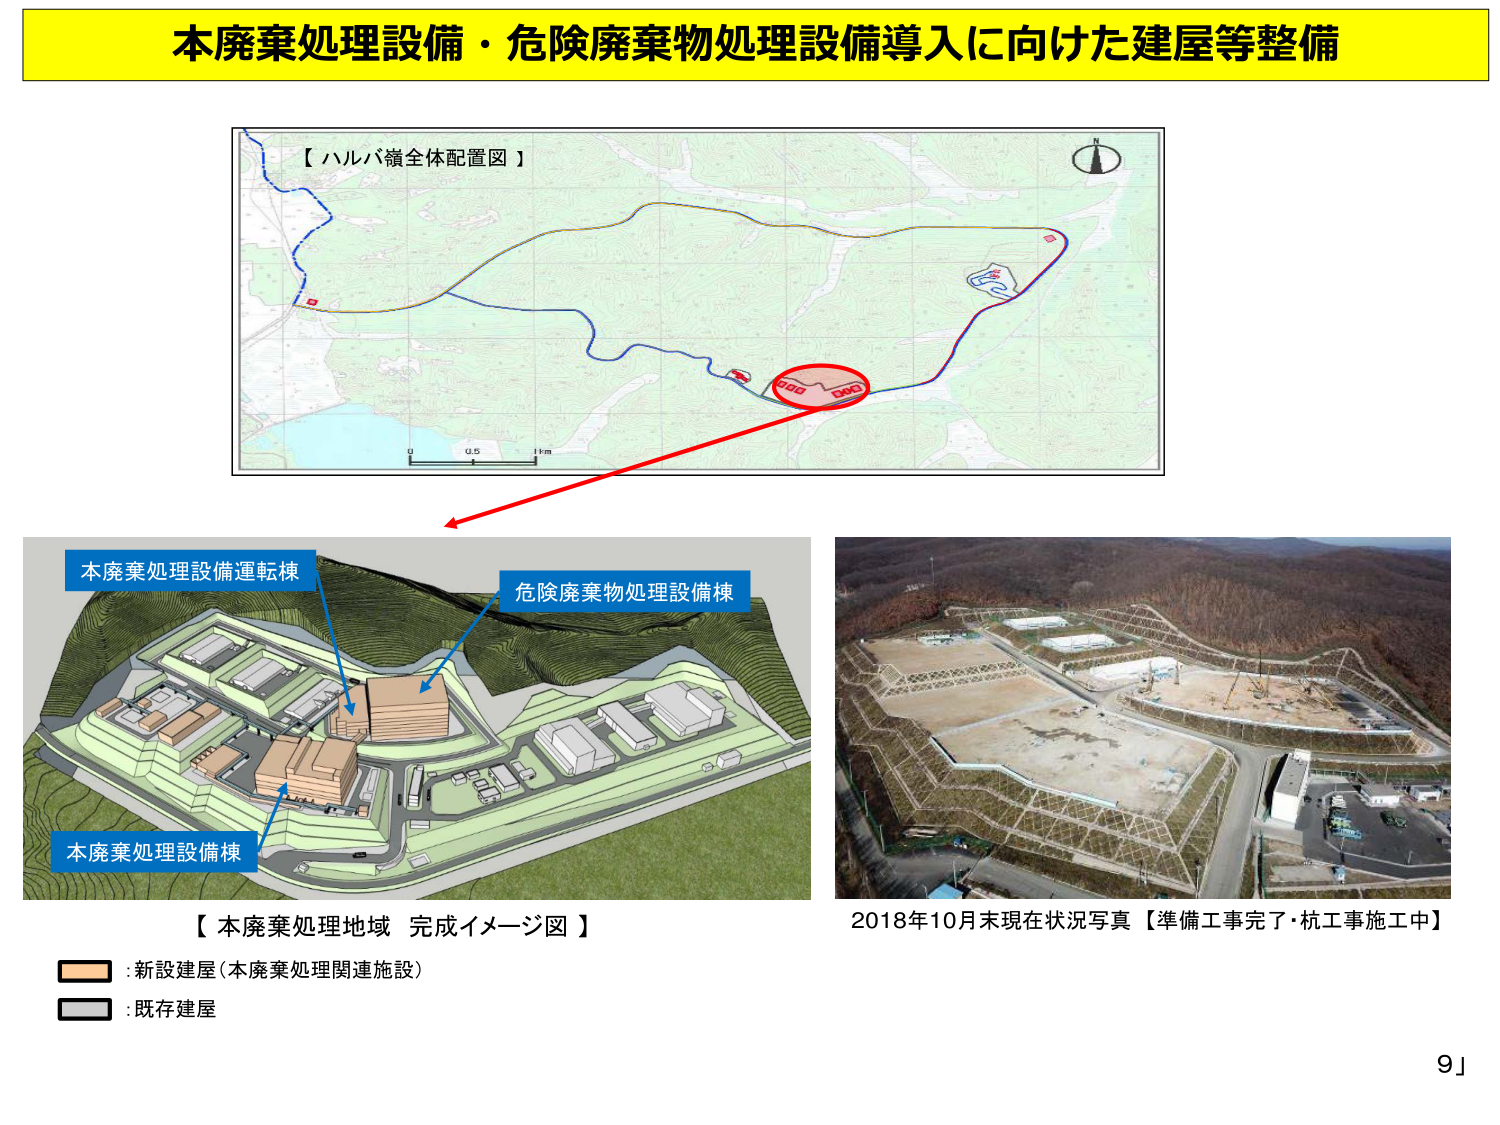
本廃棄処理設備・危険廃棄物処理設備導入に向けた建屋等整備

【ハルバ嶺全体配置図】

N

0 0.5 1km

本廃棄処理設備運転棟
危険廃棄物処理設備棟
本廃棄処理設備棟

【本廃棄処理地域 完成イメージ図】

:新設建屋（本廃棄処理関連施設）
:既存建屋

2018年10月末現在状況写真【準備工事完了・杭工事施工中】

9」